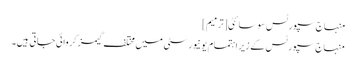
منہاج سپورٹس سوسائٹی[ترمیم]
منہاج سپورٹس کے زیر اہتمام یونیورسٹی میں مختلف گیمز کروائی جاتی ہیں۔